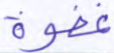
غفوة